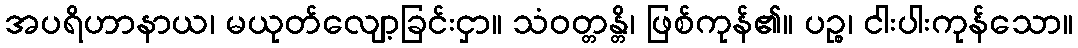
အပရိဟာနာယ၊ မယုတ်လျော့ခြင်းငှာ။ သံဝတ္တန္တိ၊ ဖြစ်ကုန်၏။ ပဉ္စ၊ ငါးပါးကုန်သော။